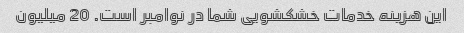
این هزینه خدمات خشکشویی شما در نوامبر است. 20 میلیون